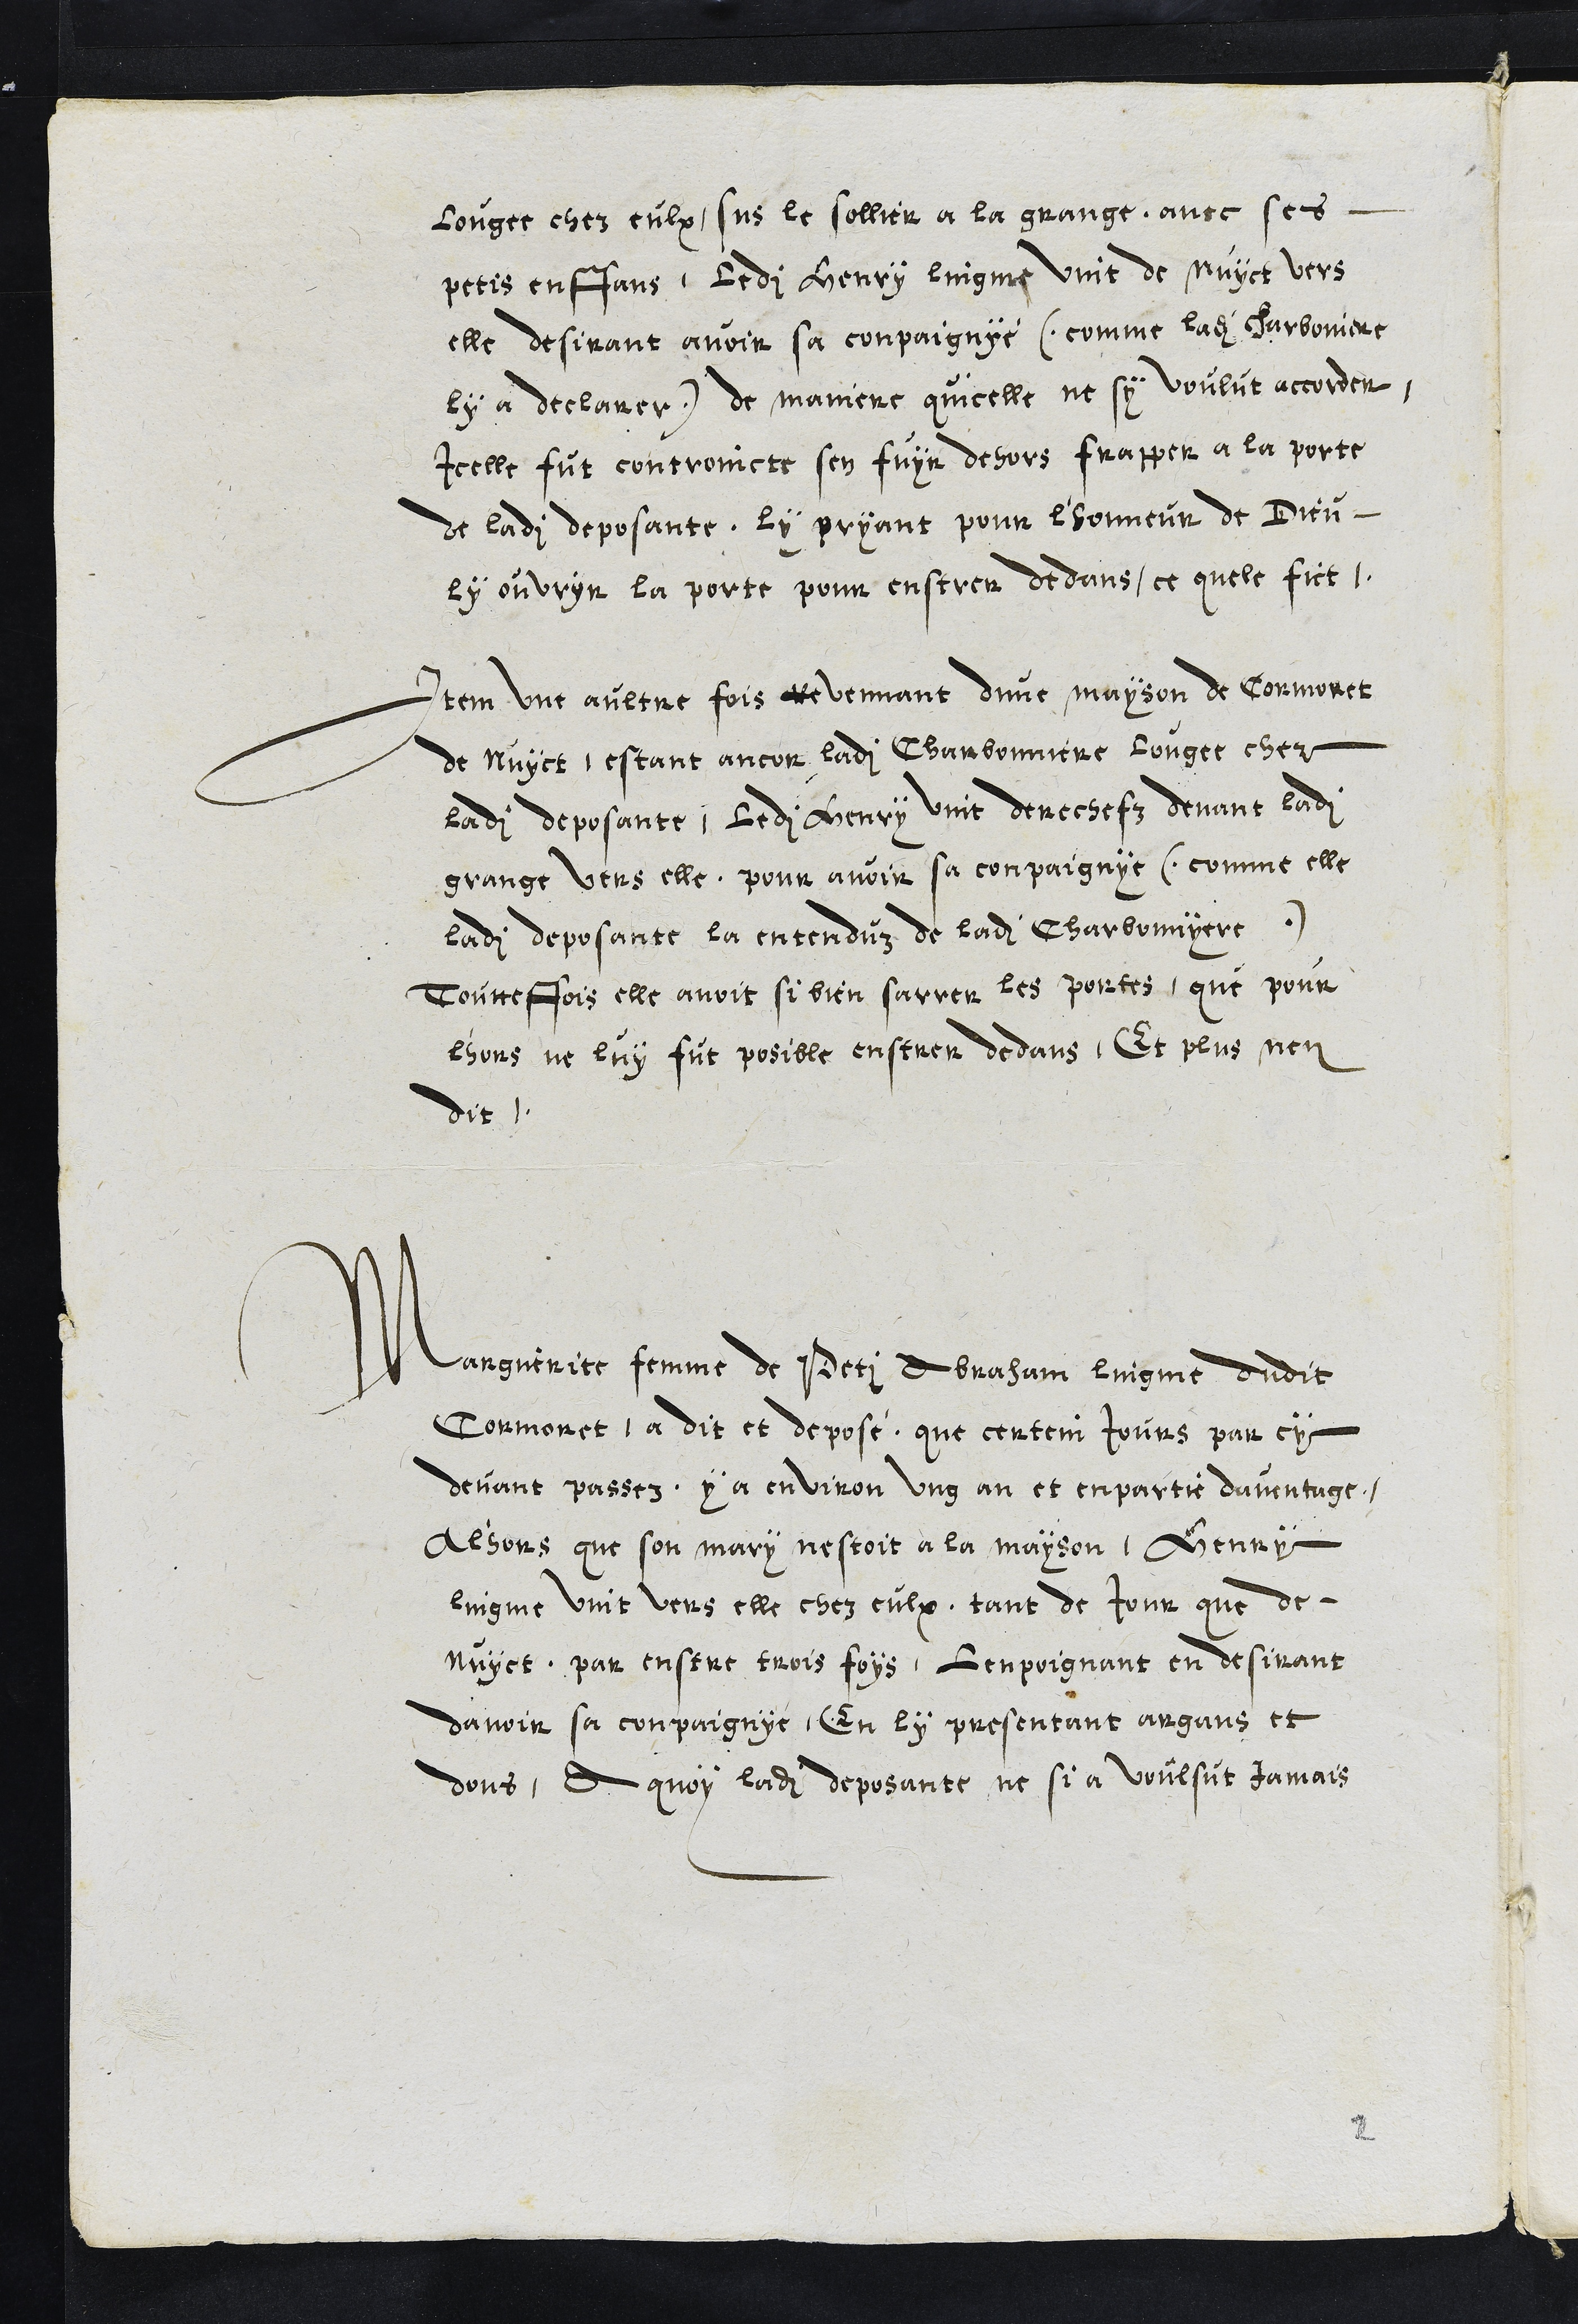
lougee chez eulx sus le sollier a la grange, avec ses
petis enffans, ledit Henry lingme vint de nuyct vers
elle desirant avoir sa compaignie (comme ladite charboniere
ly a declarer) de maniere quicelle ne sy voulut accorder,
icelle fut controincte sen fuyr dehors frapper a la porte
de ladite deposante, ly pryant pour l'honneur de Dieu,
ly ouvryr la porte pour enstrer dedans, ce quel fict.
Item une aultre fois revennant dune mayson de Cormoret
de nuyct, estant ancor ladite Charbonniere lougee chez
ladite deposante, ledit Henry vint derechefz devant ladite
grange vers elle, pour avoir sa compaignye (comme elle
ladite deposante la entenduz de ladite Charbonniere)
Toutteffois elle avoit si bien sarrer les portes, que pour
l'hors ne luy fut posible enstrer dedans, Et plus nen
dit.
Marguerite femme de Petit Abraham Lingme dudit
Cormoret a dit et deposé que certain jours par cy
devant passez y a environ ung an et enpartie davantage,
alhors que son mary nestoit a la mayson, Henry
Lingme vint vers elle chez eulx, tant de Jour que de
nuyct, par ensert trois foys, lenpoignant en desirant
davoir sa compaignye, En ly presentant argans et
dons, A quoy ladite deposante ne si a voulsut jamais
2